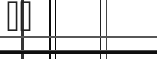
٨٢